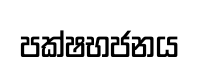
පක්ෂභජනය